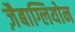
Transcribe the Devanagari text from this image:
ज़ैबाग्लियोन